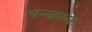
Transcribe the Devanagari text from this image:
पन्काज